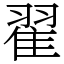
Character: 翟